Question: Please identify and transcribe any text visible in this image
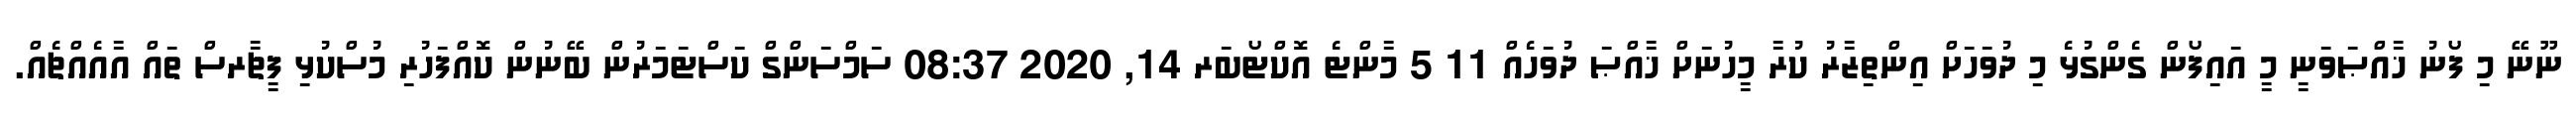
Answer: ނޫނޭ މި ފޯނު ޚާއްޞަވަނީ މީ އައިފޯން ގެންގުޅެ މި ދުވަހަށް އިންތިޒާރު ކުރާ މީހުނަށް ޚާއްޞަ ދުވަހެއް 11 5 މާންޓެ އޮކްޓޯބަރ 14, 2020 08:37 ސަމްސަންގް ކަސްޓަމަރުން ބޭނުން ކޮއްފަހުރި މުސްކުޅި ފީޗާރސް ތައް އާއެއްޗެއް.